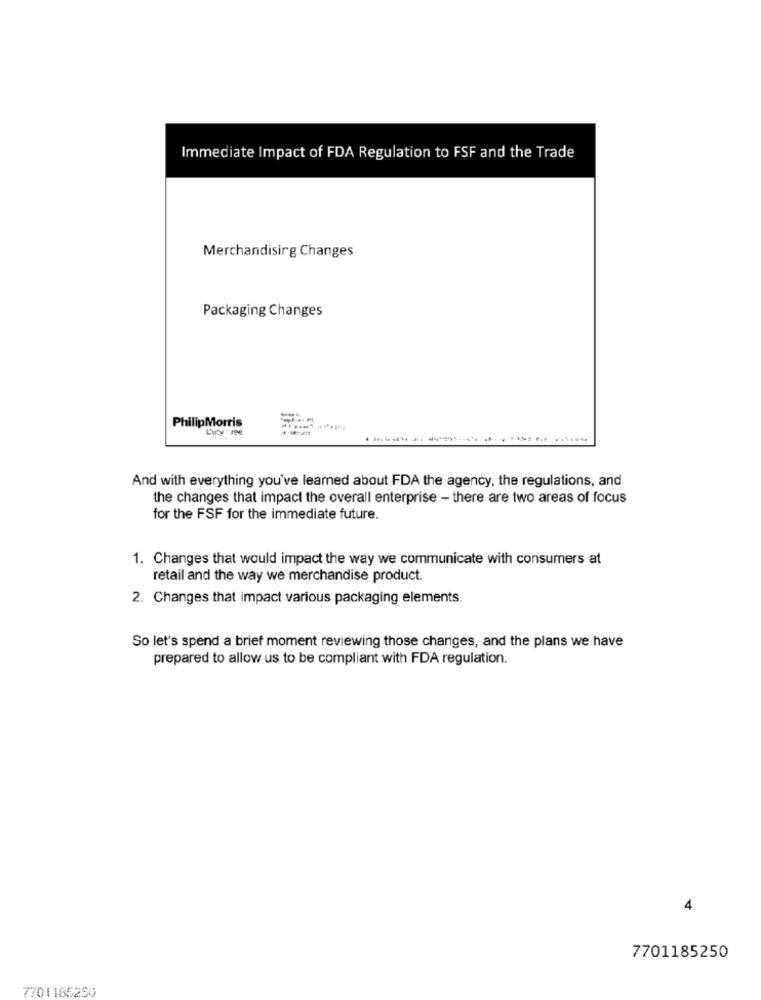
Immediate Impact of FDA Regulation to FSF and the Trade
Merchandising Changes
Packaging Changes
PhilipMorris
L'uty ' ree
And with everything you've learned about FDA the agency, the regulations, and
the changes that impact the overall enterprise - there are two areas of focus
for the FSF for the immediate future.
1. Changes that would impact the way we communicate with consumers at
retail and the way we merchandise product.
2. Changes that impact various packaging elements.
So let's spend a brief moment reviewing those changes, and the plans we have
prepared to allow us to be compliant with FDA regulation.
4
7701185250
7701186250